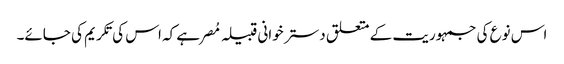
اس نوع کی جمہوریت کے متعلق دستر خوانی قبیلہ مُصر ہے کہ اس کی تکریم کی جائے۔